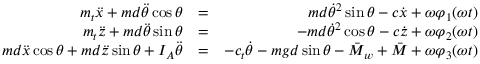
\begin{array} { r l r } { m _ { t } \ddot { x } + m d \ddot { \theta } \cos \theta } & { = } & { m d \dot { \theta } ^ { 2 } \sin \theta - c \dot { x } + \omega \varphi _ { 1 } ( \omega t ) } \\ { m _ { t } \ddot { z } + m d \ddot { \theta } \sin \theta } & { = } & { - m d \dot { \theta } ^ { 2 } \cos \theta - c \dot { z } + \omega \varphi _ { 2 } ( \omega t ) } \\ { m d \ddot { x } \cos \theta + m d \ddot { z } \sin \theta + I _ { A } \ddot { \theta } } & { = } & { - c _ { t } \dot { \theta } - m g d \sin \theta - \bar { M } _ { w } + \bar { M } + \omega \varphi _ { 3 } ( \omega t ) } \end{array}